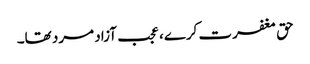
حق مغفرت کرے، عجب آزاد مرد تھا۔